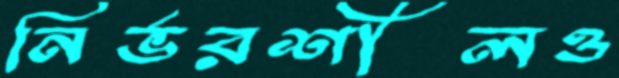
নির্ভরশীলও